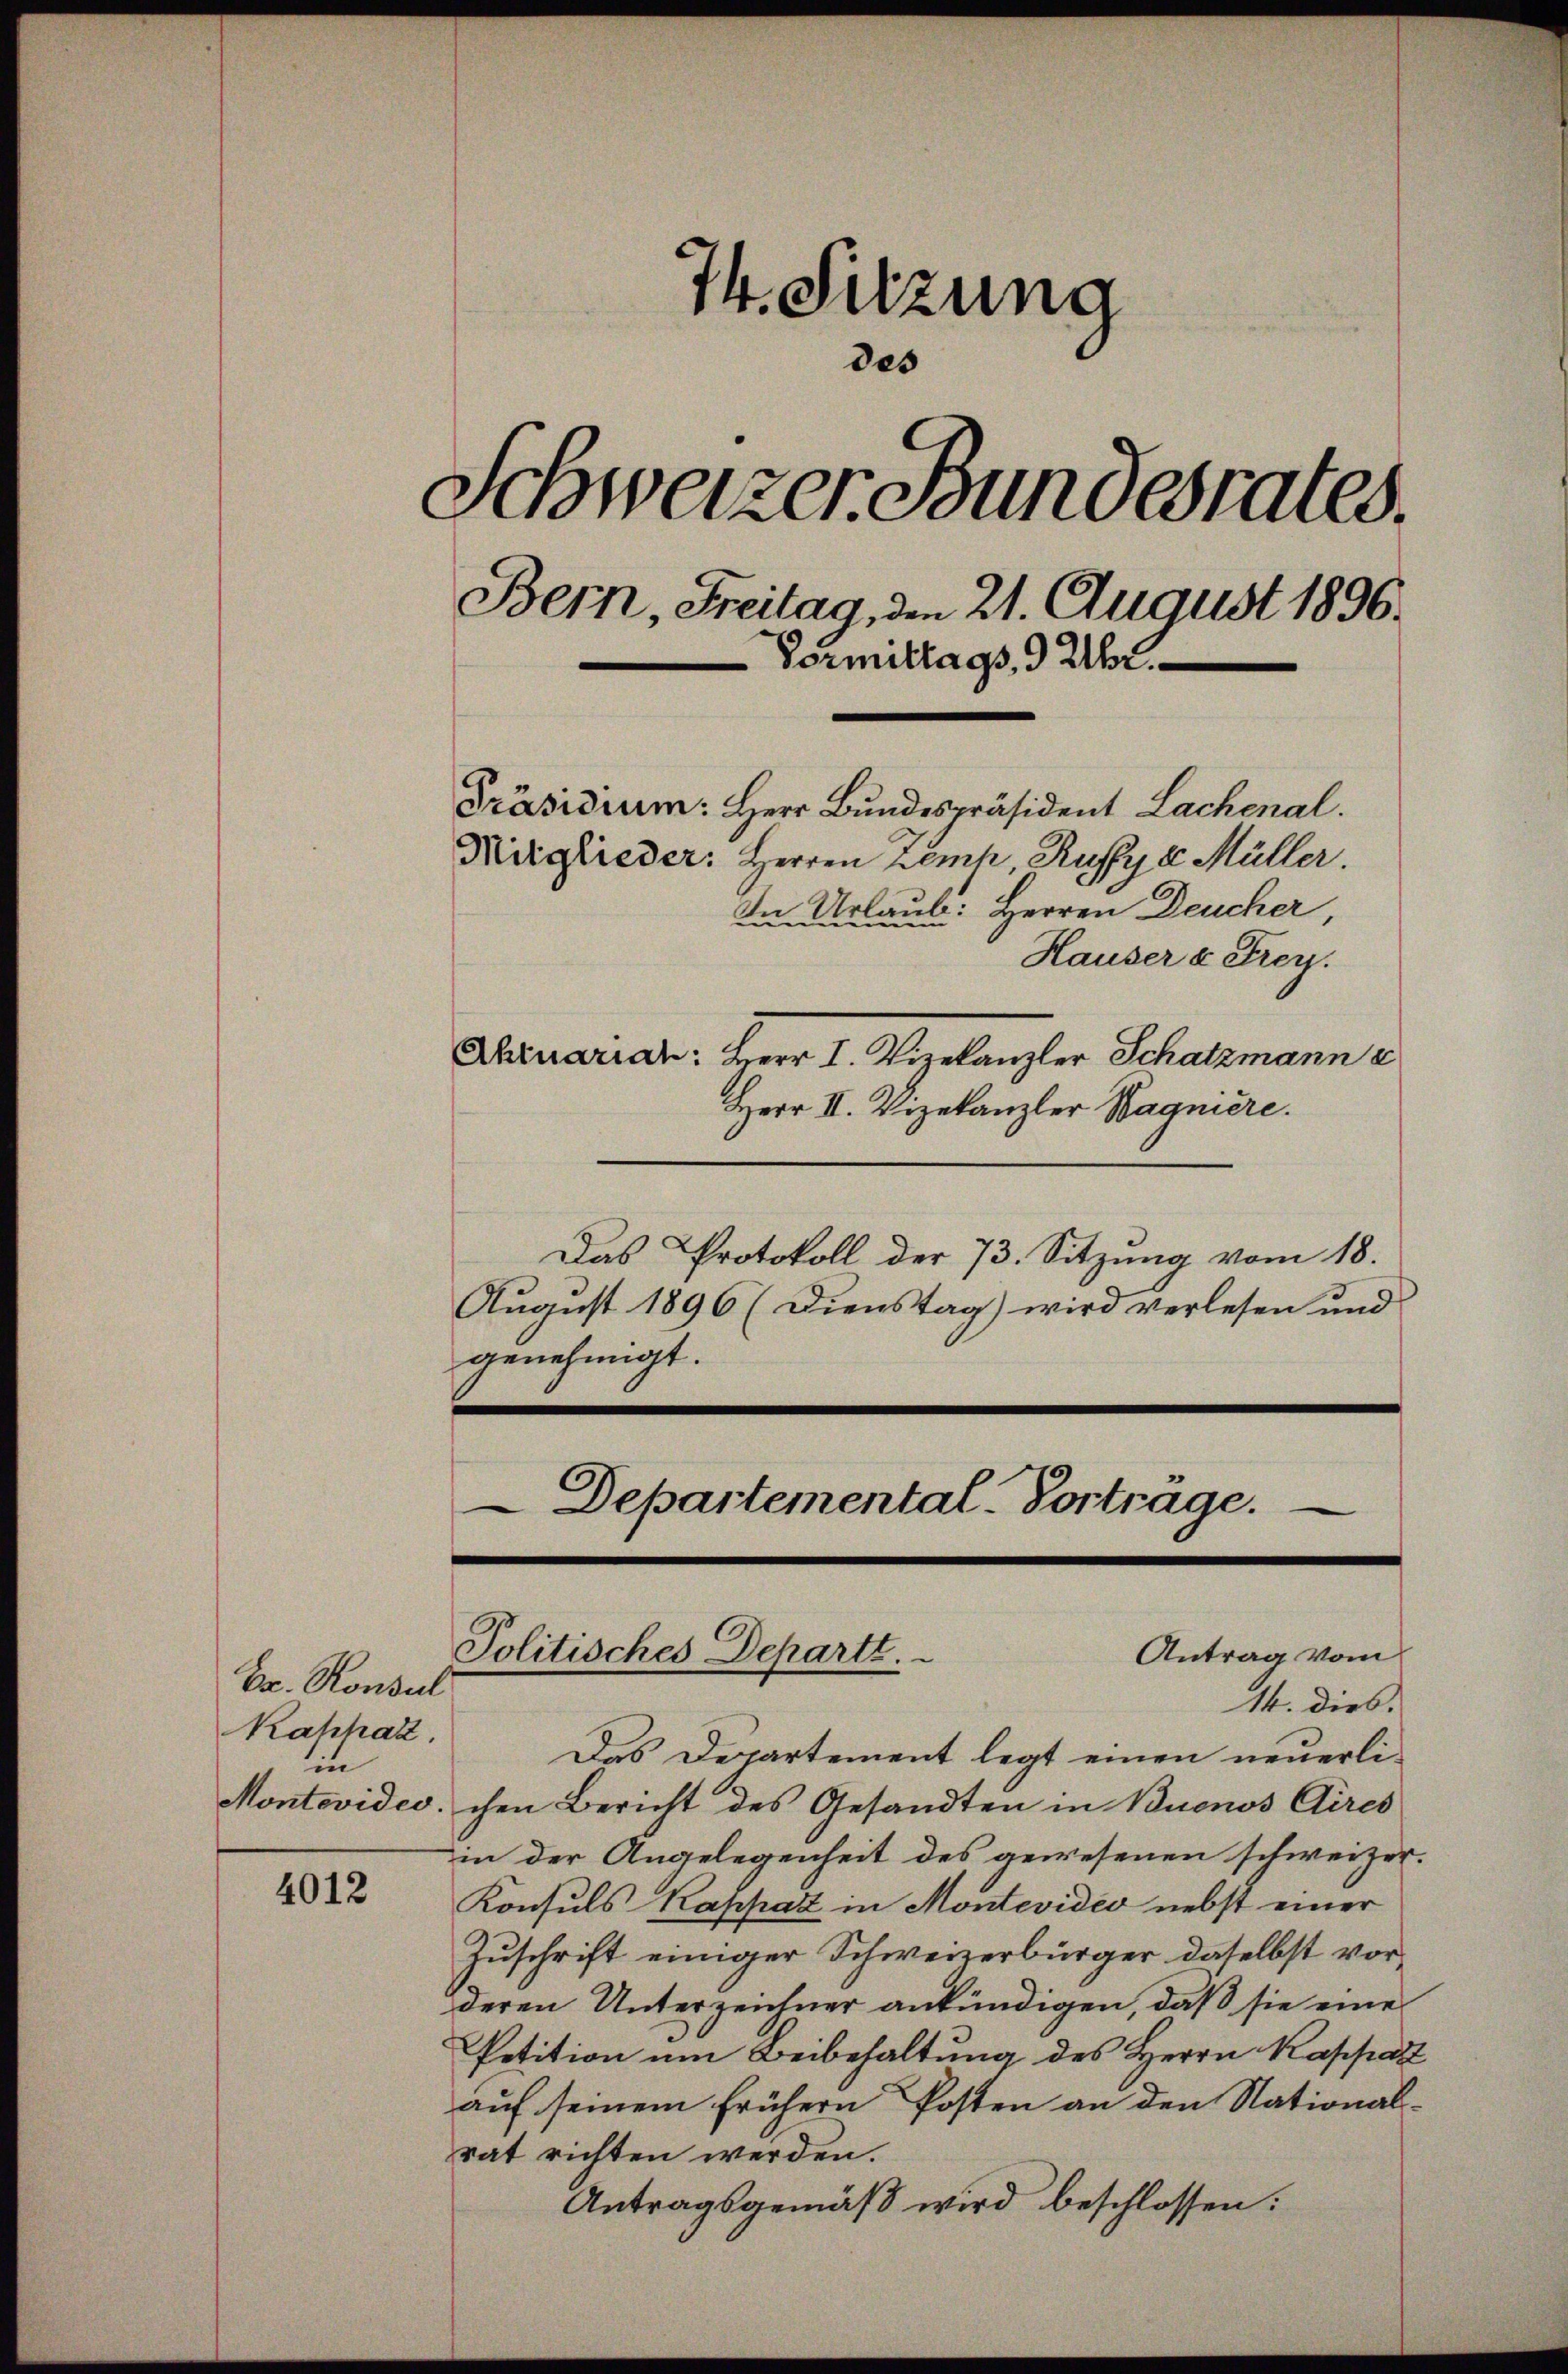
Er. Konsul
Kahhaz.
in

4012

74. Sitzung
des
Schweizer Bundesrates.
Bern, Freitag, den 21. August 1896.
-Vormittags 9 Uhr.
Präsidium: Herr Bundespräsident Lachenal.
Mitglieder: Herren Zemp, Ruffy v. Müller.
In Urlaub: Herren Deucher,
Hauser u Frey.

Ehruarian: Herr I. Vizekanzler Schatzmann e
Herr II. Vizekanzler Wagniere.
Das Protokoll der 73. Sitzung vom 18.
August 1896 (Dienstag) wird verlesen und
genehmigt.
Departemental-Vorträge.

Antrag vom
Politisches Departt.

14. dies.
Das Departement legt einen neuerli¬
Montevides, chen Bericht des Gesandten in Buenos Aires
in der Angelegenheit des gewesenen schweizer.
Konsuls Kappaz in Montevideo nebst einer
Zuschrift einiger Schweizerbürger daselbst vorderen Unterzeichner ankündigen, daß sie eine
Petition um Beibehaltung des Herrn Kappart
auf seinem frühern Posten an den Nationalrat richten werden.
Antragsgemäß wird beschlossen: